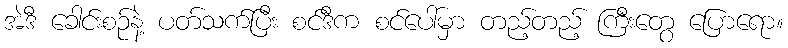
အဲဒီ ခေါင်းစဉ်နဲ့ ပတ်သက်ပြီး စင်ဒီက စင်ပေါ်မှာ တည့်တည့် ကြီးတွေ ပြောရော။